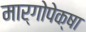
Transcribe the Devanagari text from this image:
मार्गोपेक्षा